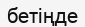
бетіңде